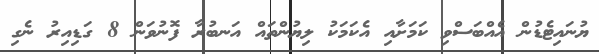
ޔުނައިޓެޑުން އެއްބަސްވި ކަމަށާއި އެކަމަކު ލިޔުންތައް އަނބުރާ ފޮނުވަން 8 ގަޑިއިރު ނެގި